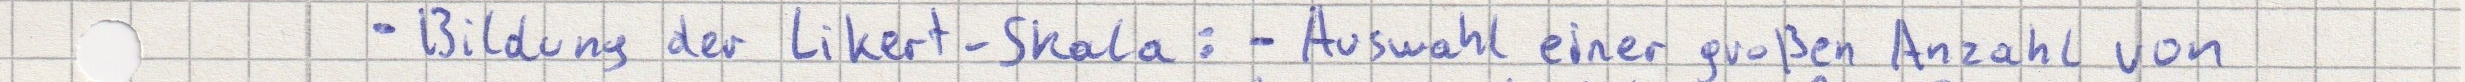
- Bildung der Likert-Skala: - Auswahl einer großen Anzahl von